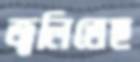
জ্বলিতেছ